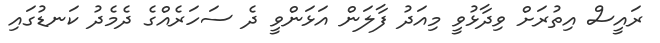
ރައީސް އިތުރަށް ވިދާޅުވީ މިއަދު ފާލަން އަޅަންވީ ދެ ސަހަރެއްގެ ދެމެދު ކަނޑުގައި